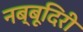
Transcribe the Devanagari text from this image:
नब्‍बूदिरी